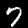
Label: 7